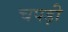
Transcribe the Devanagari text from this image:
चपड़ी